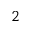
_ 2